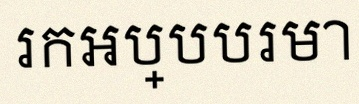
រកអប្បបរមា